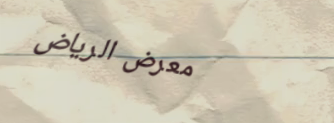
معرض الرياض